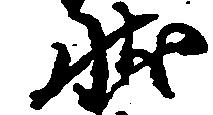
状